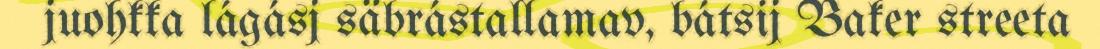
juohkka lágásj säbrástallamav, bátsij Baker streeta